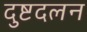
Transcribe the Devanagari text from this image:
दुष्टदलन